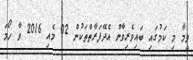
ވީމާ މި ކަމުގައި ބައިވެރިވާން އެދޭފަރާތްތަކުން 02 މެއި 2016 ވާ ހޯމަ